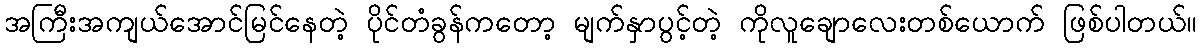
အကြီးအကျယ်အောင်မြင်နေတဲ့ ပိုင်တံခွန်ကတော့ မျက်နှာပွင့်တဲ့ ကိုလူချောလေးတစ်ယောက် ဖြစ်ပါတယ်။